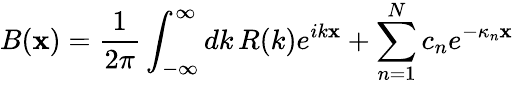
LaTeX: B(\mathbf{x})={\frac{{1}}{{2\pi}}}\int_{-\infty}^{\infty}dk\, R(k)e^{ik\mathbf{x}}+\sum_{n=1}^{N}c_{n}e^{-\kappa_{n}\mathbf{x}}